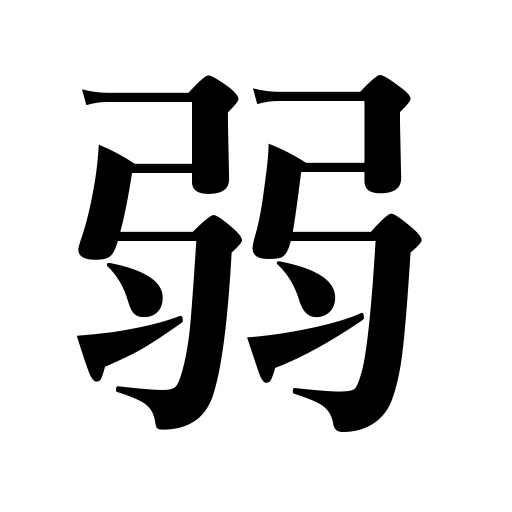
Meanings: weakness,weaken,be perplexed,unskilled,weak,be dejected,the weak,be emaciated,enfeeble,frail,weak alcoholic beverage,tender,feeble,impair